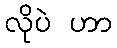
လိုပဲ ဟာ